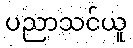
ပညာသင်ယူ